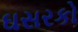
ઘસરકો